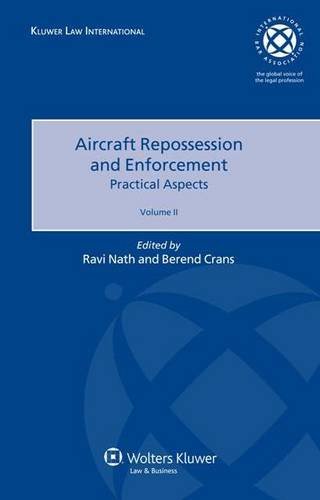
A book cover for Aircraft Repossession Enforcement Practical Aspects Volume Ii (Kluwer Law International: International Bar Association); Berend Crans; Law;